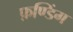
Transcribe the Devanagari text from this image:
फ़ण्डिंग